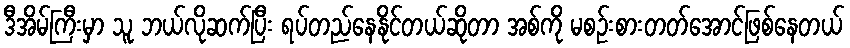
ဒီအိမ်ကြီးမှာ သူ ဘယ်လိုဆက်ပြီး ရပ်တည်နေနိုင်တယ်ဆိုတာ အစ်ကို မစဉ်းစားတတ်အောင်ဖြစ်နေတယ်